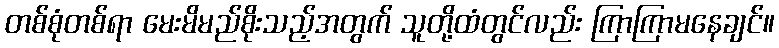
တစ်စုံတစ်ရာ မေးမိမည်စိုးသည့်အတွက် သူတို့ထံတွင်လည်း ကြာကြာမနေချင်။